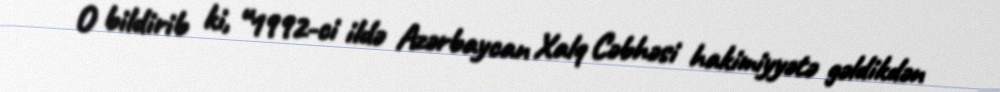
O bildirib ki, “1992-ci ildə Azərbaycan Xalq Cəbhəsi hakimiyyətə gəldikdən